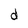
Character: d